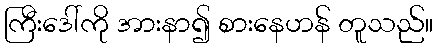
ကြီးဒေါ်ကို အားနာ၍ စားနေဟန် တူသည်။